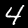
Label: 4